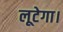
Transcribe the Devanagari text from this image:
लूटेगा।